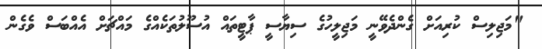
"މަޖިލިސް ކުރިއަށް ގެންދެވޭނީ މަޖިލީހުގެ ސިޔާސީ ޕާޓީތައް އުސޫލުތަކެއްގެ މައްޗަށް އެއްބަސް ވެގެން